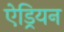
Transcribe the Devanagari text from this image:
ऐड्रियन